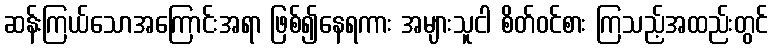
ဆန်းကြယ်သောအကြောင်းအရာ ဖြစ်၍နေရကား အများသူငါ စိတ်ဝင်စား ကြသည့်အထည်းတွင်